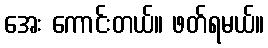
အေး ကောင်းတယ်။ ဖတ်ရမယ်။